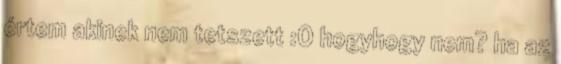
értem akinek nem tetszett :O hogyhogy nem? ha az